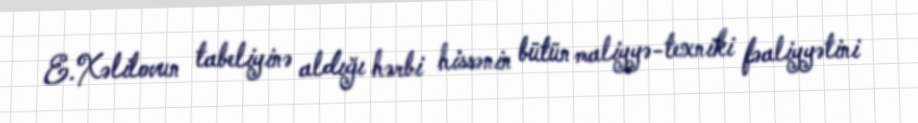
E.Xəlilovun tabeliyinə aldığı hərbi hissənin bütün maliyyə-texniki fəaliyyətini